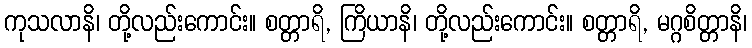
ကုသလာနိ၊ တို့လည်းကောင်း။ စတ္တာရိ, ကြိယာနိ၊ တို့လည်းကောင်း။ စတ္တာရိ, မဂ္ဂစိတ္တာနိ၊